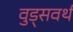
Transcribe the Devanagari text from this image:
वुड्सवर्थ